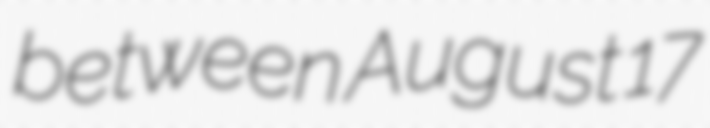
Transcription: between August 17